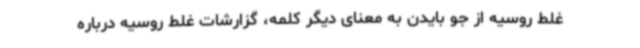
غلط روسیه از جو بایدن به معنای دیگر کلمه، گزارشات غلط روسیه درباره